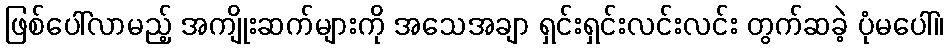
ဖြစ်ပေါ်လာမည့် အကျိုးဆက်များကို အသေအချာ ရှင်းရှင်းလင်းလင်း တွက်ဆခဲ့ ပုံမပေါ်။